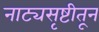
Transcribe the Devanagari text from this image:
नाट्यसृष्टीतून